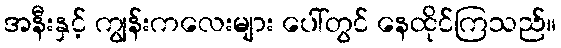
အနီးနှင့် ကျွန်းကလေးများ ပေါ်တွင် နေထိုင်ကြသည်။